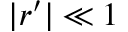
| r ^ { \prime } | \ll 1